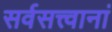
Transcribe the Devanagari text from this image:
सर्वसत्त्वानां